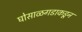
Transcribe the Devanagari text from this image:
घोसाळगडाकडून